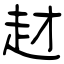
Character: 䞗